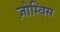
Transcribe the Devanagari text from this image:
ज़ोम्बिस